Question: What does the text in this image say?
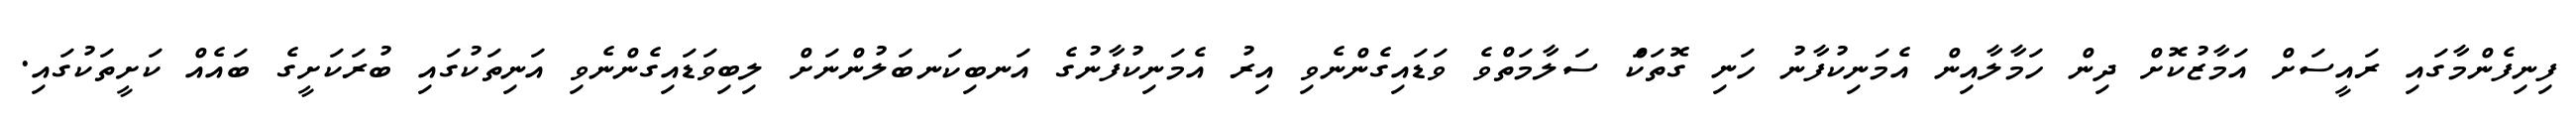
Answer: ފިނިފެންމާގައި ރައީސަށް އަމާޒުކޮށް ދިން ހަމާލާއިން އެމަނިކުފާނު ހަނި ގޮތަކަް ސަލާމަތްވެ ވަޑައިގެންނެވި އިރު އެމަނިކުފާނުގެ އަނބިކަނބަލުންނަށް ލިބިވަޑައިގެންނެވި އަނިތަކުގައި ބުރަކަށީގެ ބައެއް ކަށީތަކުގައި.